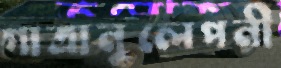
গাত্রানুলেপনী